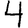
Digit: 4